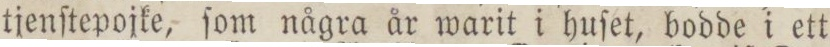
tjenſtepojke, ſom några år warit i huſet, bodde i ett